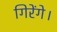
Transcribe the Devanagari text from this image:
गिरेंगे।